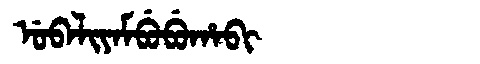
Manchu: ᡠᠪᠠᠯᡳᠶᠠᠮᠪᡠᠪᡠᡥᠠᠪᡳ
Romanization: UBALIYAMBUBUHABI